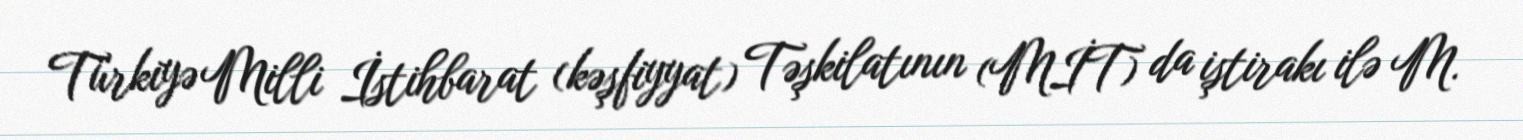
Türkiyə Milli İstihbarat (kəşfiyyat) Təşkilatının (MİT) da iştirakı ilə M.